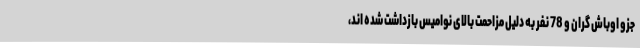
جزو اوباش گران و 78 نفر به دلیل مزاحمت بالای نوامیس بازداشت شده اند،